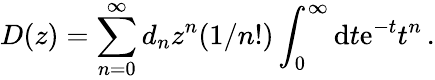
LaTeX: D(z)=\sum_{n=0}^{\infty}d_{n}z^{n}(1/n!)\int_{0}^{\infty}\mathrm{d}t\mathrm{e}^{-t}t^{n}\, .